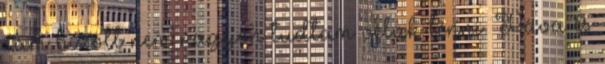
rám bízott nem nagyon tudtam velük lenni. Páva és